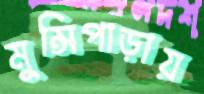
মুন্সিপাড়ায়